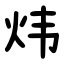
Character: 炜